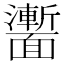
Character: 𩉍